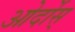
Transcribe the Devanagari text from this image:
ओर्दोस्